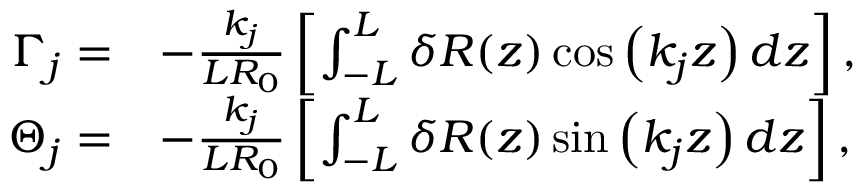
\begin{array} { r l } { \Gamma _ { j } = } & { - \frac { k _ { j } } { L R _ { 0 } } \left[ \int _ { - L } ^ { L } \delta R ( z ) \cos \left( k _ { j } z \right) d z \right] , } \\ { \Theta _ { j } = } & { - \frac { k _ { j } } { L R _ { 0 } } \left[ \int _ { - L } ^ { L } \delta R ( z ) \sin \left( k _ { j } z \right) d z \right] , } \end{array}